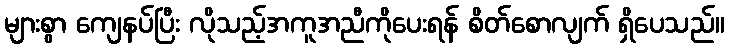
များစွာ ကျေနပ်ပြီး လိုသည့်အကူအညီကိုပေးရန် စိတ်စောလျက် ရှိပေသည်။